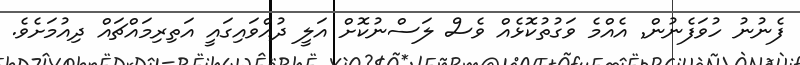
ފެނުނު ހުވަފެނުން